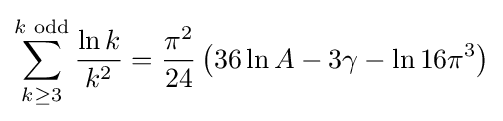
\sum _{k\geq 3}^{k{\text{ odd}}}{\frac {\ln k}{k^{2}}}={\frac {\pi ^{2}}{24}}\left(36\ln A-3\gamma -\ln 16\pi ^{3}\right)